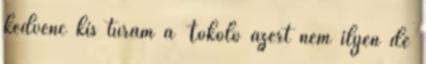
kedvenc kis túrám a Tökölő azért nem ilyen de